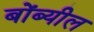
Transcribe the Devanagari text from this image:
बोंब्यील